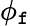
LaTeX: \phi_{\mathtt{f}}